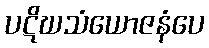
ပဋိဃသံယောဇနံပေ